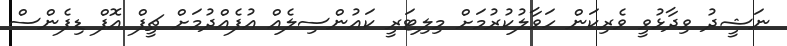
ނަޝީދު ވިދާޅުވީ ވެރިކަން ހަވާލުކުރުމަށް މިލިޓަރީ ކައުންސިލެއް އުފެއްދުމަށް ޗީފް އޮފް ޑިފެންސް